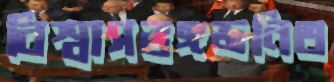
বিশ্বাসভঙ্গজনিত